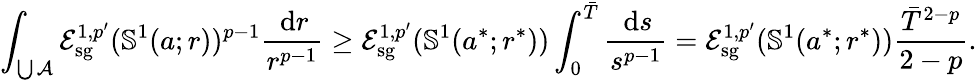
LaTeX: \int_{\bigcup\mathcal A}\mathcal E_{\mathrm{sg}}^{1,p^{\prime}}(\mathbb S^{1}(a;r))^{p-1}\frac{\, \mathrm dr}{r^{p-1}}\geq\mathcal E_{\mathrm{sg}}^{1,p^{\prime}}(\mathbb S^{1}(a^{*};r^{*}))\int_{0}^{\bar{T}}\frac{\, \mathrm ds}{s^{p-1}}=\mathcal E_{\mathrm{sg}}^{1,p^{\prime}}(\mathbb S^{1}(a^{*};r^{*}))\frac{{\bar{T}}^{2-p}}{2-p}.